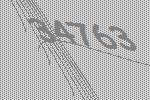
34763